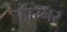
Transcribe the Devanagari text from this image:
हारनर